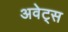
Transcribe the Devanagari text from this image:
अवेट्स